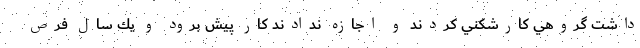
داشت گروهي كارشكني كردند و اجازه ندادند كار پيش برود و يك سال فرص